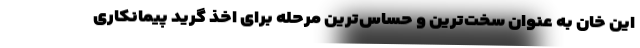
این خان به عنوان سخت‌ترین و حساس‌ترین مرحله برای اخذ گرید پیمانکاری